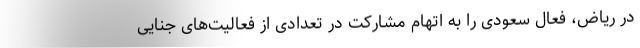
در ریاض‌، فعال سعودی را به اتهام مشارکت در تعدادی از فعالیت‌های جنایی